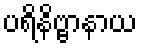
ပရိနိဗ္ဗာနာယ